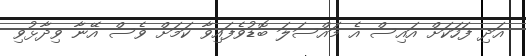
އަދި ފަހަކަށް އައިސް އެ މައްސަލަ ބޮޑުވެފައިވާ ކަމަށް ވެސް އޭނާ ވިދާޅުވި